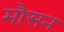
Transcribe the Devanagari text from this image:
मौसन